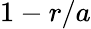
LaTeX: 1-r/a